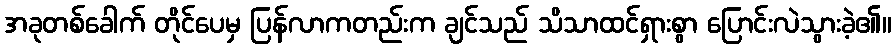
အခုတစ်ခေါက် တိုင်ပေမှ ပြန်လာကတည်းက ချင်သည် သိသာထင်ရှားစွာ ပြောင်းလဲသွားခဲ့၏။